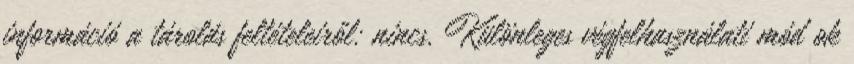
információ a tárolás feltételeiről: nincs. Különleges végfelhasználati mód ok